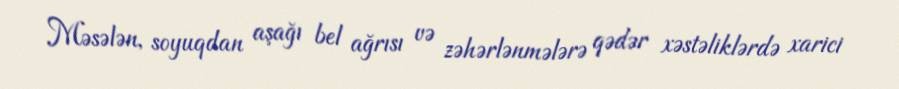
Məsələn, soyuqdan aşağı bel ağrısı və zəhərlənmələrə qədər xəstəliklərdə xarici